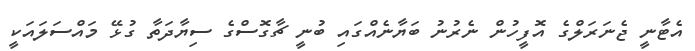
އެޓާނީ ޖެނަރަލްގެ އޮފީހުން ނެރުނު ބަޔާނެއްގައި ބުނީ ޗާގޮސްގެ ސިޔާދަތާ ގުޅޭ މައްސަލައަކީ